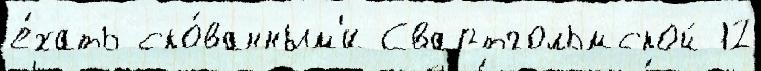
е́хать ско́ванным'и Свартгольмской 12